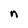
Character: n